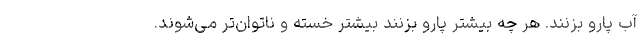
آب پارو بزنند. هر چه بیشتر پارو بزنند بیشتر خسته و ناتوان‌تر می‌شوند.